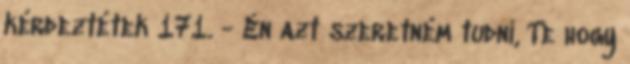
kérdeztétek 171. - Én azt szeretném tudni, Te hogy